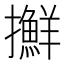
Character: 𢹛